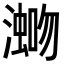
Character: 𪷡